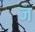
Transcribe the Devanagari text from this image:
ब्ज